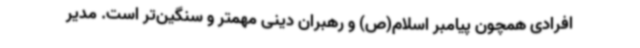
افرادی همچون پیامبر اسلام(ص) و رهبران دینی مهمتر و سنگین‌تر است. مدیر